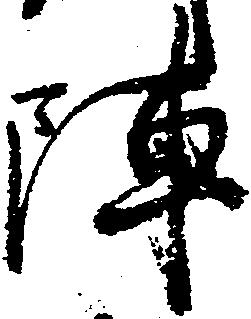
陣